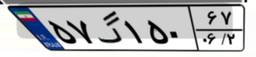
۵۷گ۱۵۰۶۷